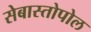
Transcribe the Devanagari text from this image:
सेबास्तोपोल